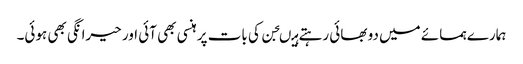
ہمارے ہمسائے میں دو بھائی رہتے ہیںجن کی بات پر ہنسی بھی آئی اور حیرانگی بھی ہوئی۔